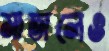
মাতালেও